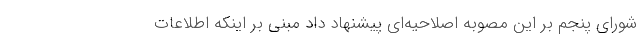
شورای پنجم بر این مصوبه اصلاحیه‌ای پیشنهاد داد مبنی بر اینکه اطلاعات